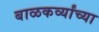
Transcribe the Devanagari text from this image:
बाळकर्व्यांच्या